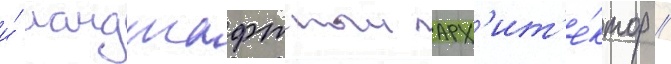
и́ ландшафтныи арх'ит'е́ктор /